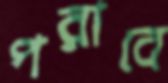
পরাবে